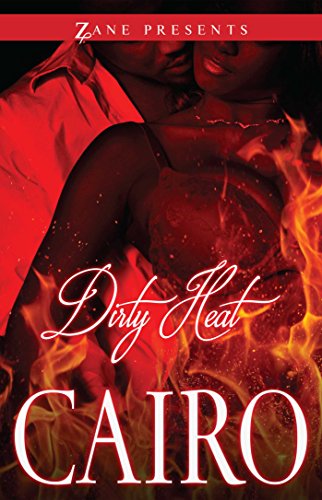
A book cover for Dirty Heat; Cairo; Romance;